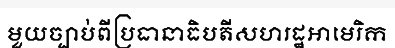
មួយច្បាប់ពីប្រធានាធិបតីសហរដ្ឋអាមេរិក